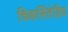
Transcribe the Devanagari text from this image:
चिकसिंतेद्रिय